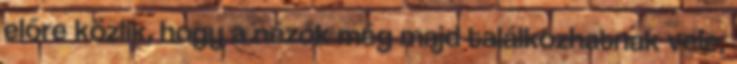
előre közlik, hogy a nézők még majd találkozhatnak vele,